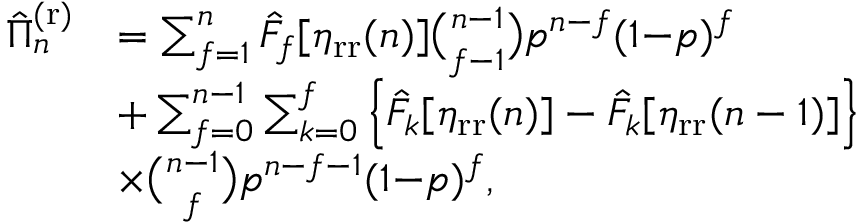
\begin{array} { r l } { \hat { \Pi } _ { n } ^ { \mathrm { ( r ) } } } & { = \sum _ { f = 1 } ^ { n } \hat { F } _ { f } [ \eta _ { \mathrm { r r } } ( n ) ] \binom { n - 1 } { f - 1 } p ^ { n - f } ( 1 { - } p ) ^ { f } } \\ & { + \sum _ { f = 0 } ^ { n - 1 } \sum _ { k = 0 } ^ { f } \Big \{ \hat { F } _ { k } [ \eta _ { \mathrm { r r } } ( n ) ] - \hat { F } _ { k } [ \eta _ { \mathrm { r r } } ( n - 1 ) ] \Big \} } \\ & { \times \binom { n - 1 } { f } p ^ { n - f - 1 } ( 1 { - } p ) ^ { f } , } \end{array}